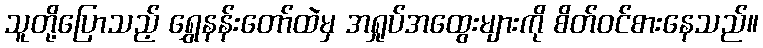
သူတို့ပြောသည့် ရွှေနန်းတော်ထဲမှ အရှုပ်အထွေးများကို စိတ်ဝင်စားနေသည်။